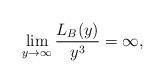
LaTeX: \begin{align*}\lim_{y\to \infty} \frac{L_B(y)}{y^3} = \infty,\end{align*}